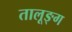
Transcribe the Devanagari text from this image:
तालूङ्ग